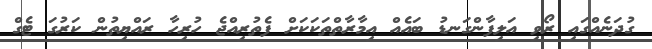
ގުދަނެއްގައި ރޯވި އަލިފާންގަނޑު ބައެއް އިމާރާތްތަކަކަށް ފެތުރިއްޖެ ހުރިހާ ރައްޔިތުން ކަރުގަ ޓެގް